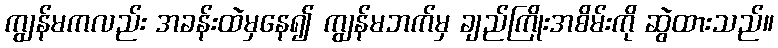
ကျွန်မကလည်း အခန်းထဲမှနေ၍ ကျွန်မဘက်မှ ချည်ကြိုးအစိမ်းကို ဆွဲထားသည်။